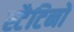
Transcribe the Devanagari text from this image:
स्टैटिनों